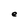
Character: e